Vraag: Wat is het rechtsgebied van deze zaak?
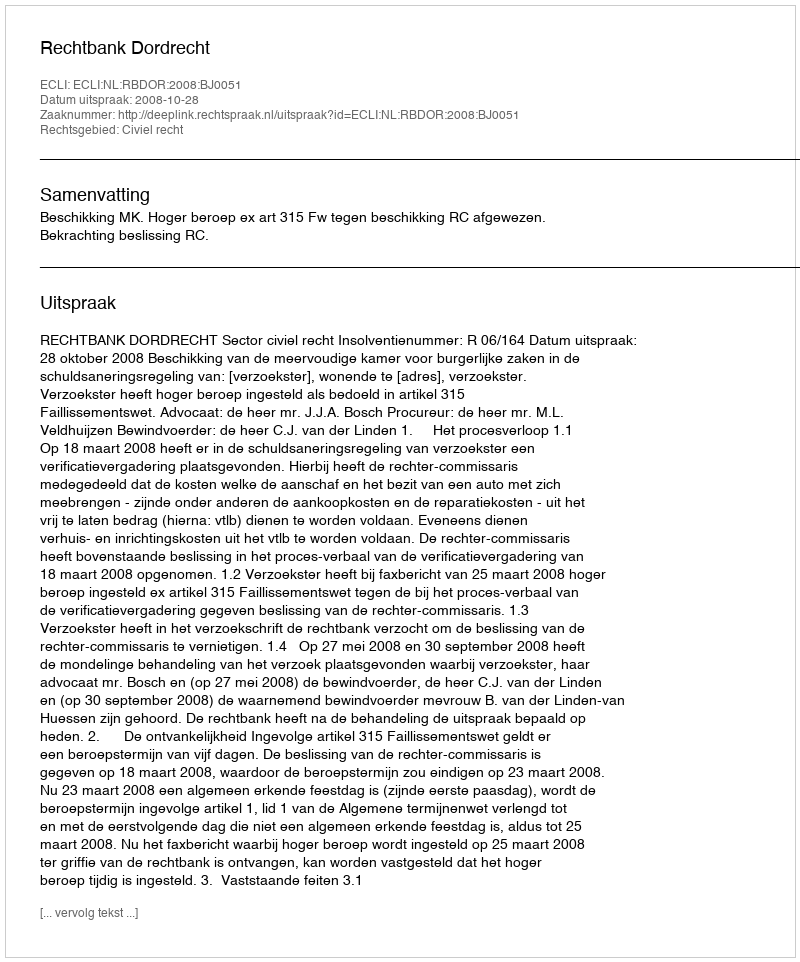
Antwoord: Civiel recht